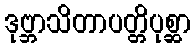
ဒုဗ္ဘာသိတာပတ္တိပုစ္ဆာ